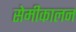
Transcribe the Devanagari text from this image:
सेमीकालन